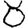
Digit: 8